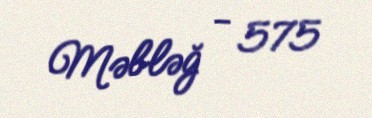
Məbləğ - 575